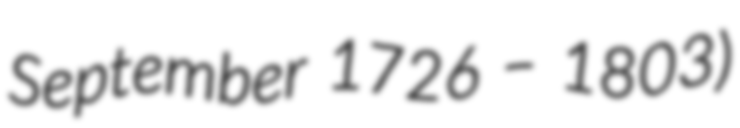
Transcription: September 1726 – 1803)